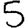
Digit: 5